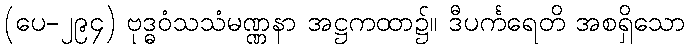
(ပေ-၂၉၄) ဗုဒ္ဓဝံသသံမဏ္ဏနာ အဋ္ဌကထာ၌။ ဒီပင်္ကရေတိ အစရှိသော